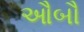
ઔબૌ